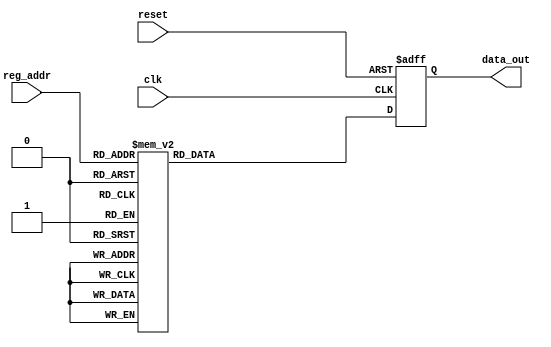
`timescale 1ns / 1ps
//////////////////////////////////////////////////////////////////////////////////
// Company: 
// Engineer: 
// 
// Design Name: 
// Module Name:    data_coding 
// Project Name: 
// Target Devices: 
// Tool versions: 
// Description: 
//
// Dependencies: 
//
// Revision: 
// Revision 0.01 - File Created
// Additional Comments: 
//
//////////////////////////////////////////////////////////////////////////////////
module dac_data_coding(reset, reg_addr, clk, data_out);
    input reset;
    input [2:0] reg_addr;
    input clk;
    //input [9:0] data_in;
    output [3:0] data_out;

    wire reset;
    wire [2:0] reg_addr;
    wire clk;
    //wire [9:0] data_in;
    reg [3:0] data_out;

	 always @(negedge reset or posedge clk)
	 begin
	 if(~reset)
	 data_out <= 4'h0;
	 else
	 case(reg_addr)
	 3'h0 : data_out <= 4'b0010;
	 3'h1 : data_out <= 4'b0011;
	 3'h2 : data_out <= 4'b0100;
	 3'h3 : data_out <= 4'b0101;
	 3'h4 : data_out <= 4'b0110;
	 3'h5 : data_out <= 4'b0111;
	 3'h6 : data_out <= 4'b1000;
	 3'h7 : data_out <= 4'b1001;
	 endcase
	 end

endmodule